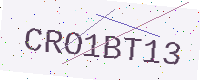
Text: CRO1BT13